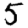
Digit: 5